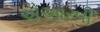
એઆરવી